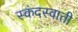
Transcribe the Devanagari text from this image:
स्कंदस्वाती